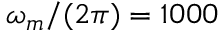
\omega _ { m } / ( 2 \pi ) = 1 0 0 0